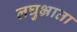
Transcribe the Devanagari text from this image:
लघुभ्राता